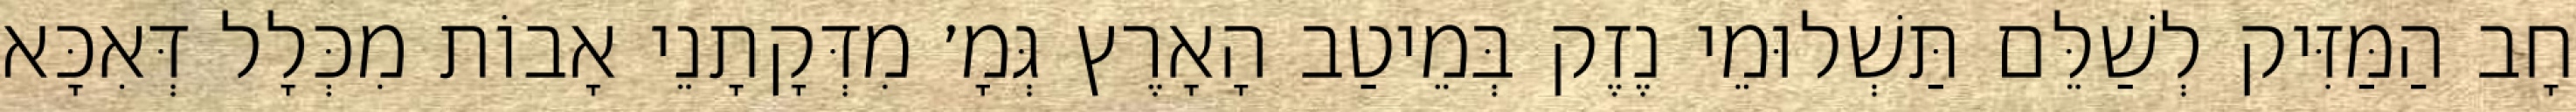
חָב הַמַּזִּיק לְשַׁלֵּם תַּשְׁלוּמֵי נֶזֶק בְּמֵיטַב הָאָרֶץ גְּמָ׳ מִדְּקָתָנֵי אָבוֹת מִכְּלָל דְּאִכָּא